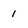
Character: 1